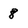
Character: 8